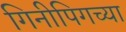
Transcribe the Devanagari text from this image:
गिनीपिगच्या